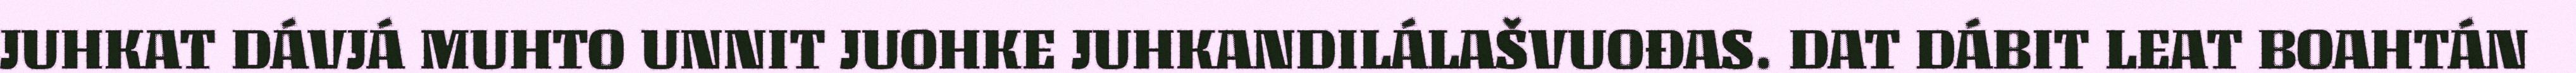
JUHKAT DÁVJÁ MUHTO UNNIT JUOHKE JUHKANDILÁLAŠVUOĐAS. DAT DÁBIT LEAT BOAHTÁN